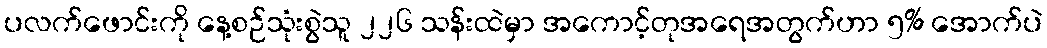
ပလက်ဖောင်းကို နေ့စဉ်သုံးစွဲသူ ၂၂၆ သန်းထဲမှာ အကောင့်တုအရေအတွက်ဟာ ၅% အောက်ပဲ